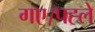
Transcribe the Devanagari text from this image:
गए।पह्ले